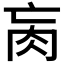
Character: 𦘻